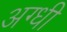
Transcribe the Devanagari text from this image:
अग्धी